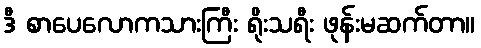
ဒီ စာပေလောကသားကြီး ရိုးသရီး ဖုန်းမဆက်တာ။